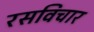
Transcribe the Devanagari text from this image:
रसविचार